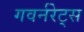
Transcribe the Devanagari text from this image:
गवर्नरेट्स